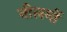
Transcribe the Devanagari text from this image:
नीलमों